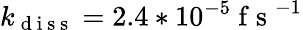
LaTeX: k_{\mathrm{~d~i~s~s~}}=2.4*10^{-5}\mathrm{~f~s~}^{-1}